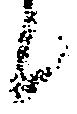
候